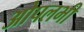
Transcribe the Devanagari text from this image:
ओपलभी